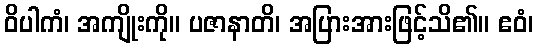
ဝိပါကံ၊ အကျိုးကို။ ပဇာနာတိ၊ အပြားအားဖြင့်သိ၏။ ဧဝံ၊